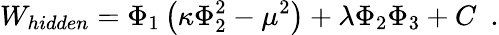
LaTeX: W_{hidden}=\Phi_{1}\left(\kappa\Phi_{2}^{2}-\mu^{2}\right)+\lambda\Phi_{2}\Phi_{3}+C~~.